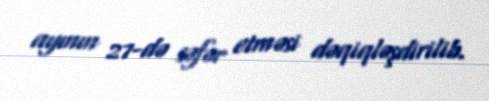
ayının 27-də səfər etməsi dəqiqləşdirilib.